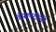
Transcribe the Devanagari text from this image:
वीसपटीनी